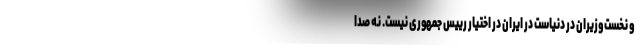
و نخست‌وزیران در دنیاست در ایران در اختیار رییس جمهوری نیست. نه صدا